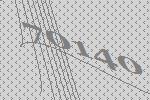
70140